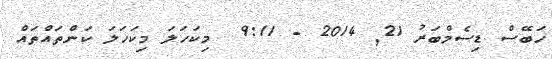
ހަބޭސް ޑިސެމްބަރު 21